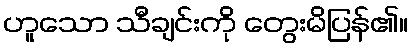
ဟူသော သီချင်းကို တွေးမိပြန်၏။